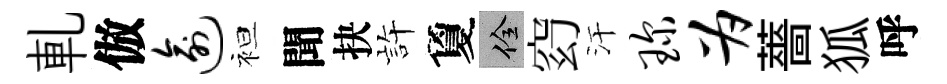
軋倣逾袒聞抉静夐佺𥥆汗琛为薔狐呼